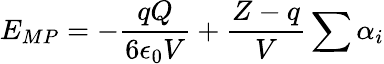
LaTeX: E_{MP}=-\frac{qQ}{6\epsilon_{0}V}+\frac{Z-q}{V}\sum\alpha_{i}